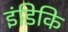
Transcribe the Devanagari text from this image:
इंडिकि